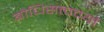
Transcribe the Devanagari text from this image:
बोधिसत्त्वचर्या